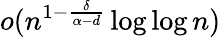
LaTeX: o(n^{1-\frac{\delta}{\alpha-d}}\log\log n)